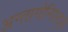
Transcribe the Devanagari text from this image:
अन्तागोनिस्ट्स